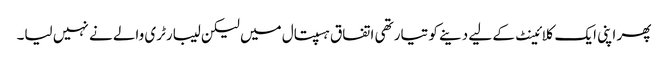
پھر اپنی ایک کلائینٹ کے لیے دینے کو تیار تھی اتفاق ہسپتال میں لیکن لیبارٹری والے نے نہیں لیا۔